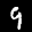
Label: 9